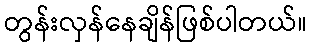
တွန်းလှန်နေချိန်ဖြစ်ပါတယ်။